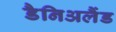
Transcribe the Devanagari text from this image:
डैनिअलैंड